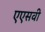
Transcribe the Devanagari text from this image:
एएसवी